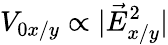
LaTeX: V_{0x/y}\propto|\vec{E}_{x/y}^{2}|